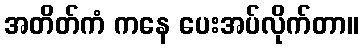
အတိတ်ကံ ကနေ ပေးအပ်လိုက်တာ။